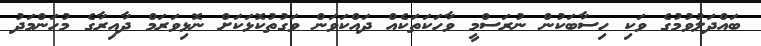
ބައްދަލުވުމުގެ ވަކި ހިސާބަކުން ނުރަސްމީ ވާހަކަތަކެއް ދައްކަވަން ވަގުތުކޮޅަކަށް ނޮޅިވަރަމް ދާއިރާގެ މުހަންމަދު